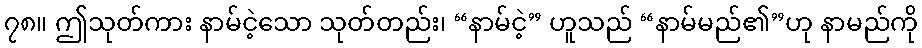
၇၈။ ဤသုတ်ကား နာမ်ငဲ့သော သုတ်တည်း၊ “နာမ်ငဲ့” ဟူသည် “နာမ်မည်၏”ဟု နာမည်ကို